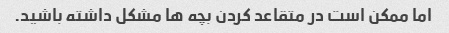
اما ممکن است در متقاعد کردن بچه ها مشکل داشته باشید.